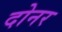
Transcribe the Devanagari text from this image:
दोनर